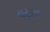
વટાવ